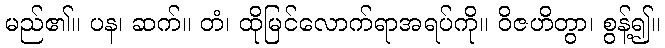
မည်၏။ ပန၊ ဆက်။ တံ၊ ထိုမြင်လောက်ရာအရပ်ကို။ ဝိဇဟိတွာ၊ စွန့်၍။